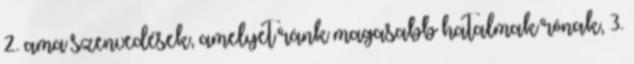
2. ama szenvedések, amelyet ránk magasabb hatalmak rónak, 3.